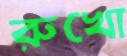
রুখো